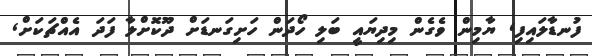
ފުނޑާލައިފި